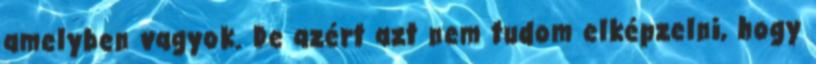
amelyben vagyok. De azért azt nem tudom elképzelni, hogy